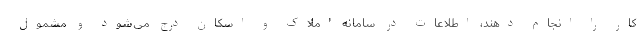
کار را انجام دهند، اطلاعات در سامانه املاک و اسکان درج می‌شود و مشمول